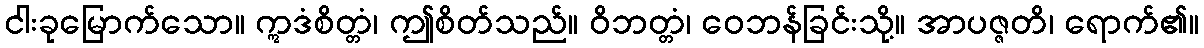
ငါးခုမြောက်သော။ ဣဒံစိတ္တံ၊ ဤစိတ်သည်။ ဝိဘတ္တံ၊ ဝေဘန်ခြင်းသို့။ အာပဇ္ဇတိ၊ ရောက်၏။